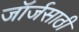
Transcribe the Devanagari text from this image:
जॉर्जसाठी